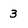
Character: 3